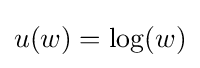
u(w)=\log(w)